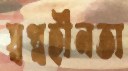
স্বপ্নহীনতা